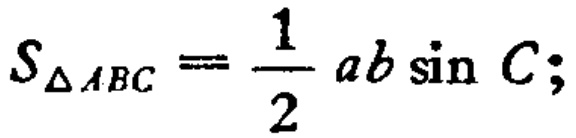
$S_{\triangle ABC}=\frac{1}{2}ab\sin C;$